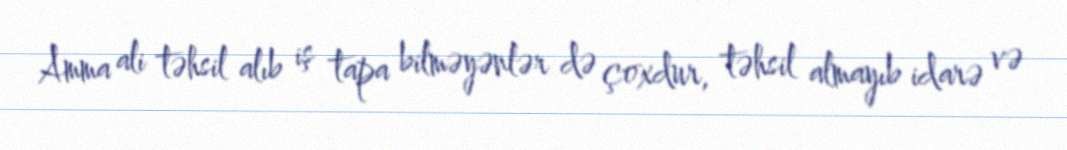
Amma ali təhsil alıb iş tapa bilməyənlər də çoxdur, təhsil almayıb idarə və